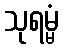
သုရမ္မံ